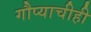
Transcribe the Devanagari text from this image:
गौप्याचीही